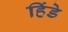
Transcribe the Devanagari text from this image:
हिंडे